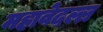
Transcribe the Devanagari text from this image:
महावेदल्ल